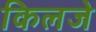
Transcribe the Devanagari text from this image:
किलजे